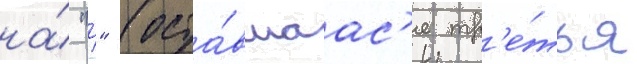
на́ "р" (оста́вшаас'я тр'е́тья